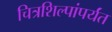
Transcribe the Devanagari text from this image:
चित्रशिल्पांपर्यंत